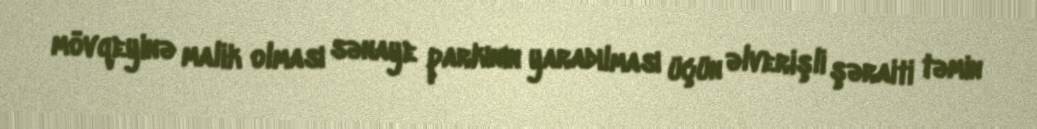
mövqeyinə malik olması sənaye parkının yaradılması üçün əlverişli şəraiti təmin